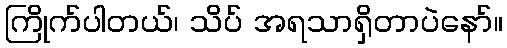
ကြိုက်ပါတယ်၊ သိပ် အရသာရှိတာပဲနော်။